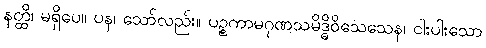
နတ္ထိ၊ မရှိပေ။ ပန၊ သော်လည်း။ ပဉ္စကာမဂုဏသမိဒ္ဓိဝိသေသေန၊ ငါးပါးသော